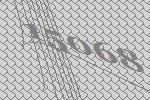
15068